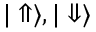
{ | \Uparrow \rangle } , { | \Downarrow \rangle }